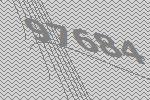
97684